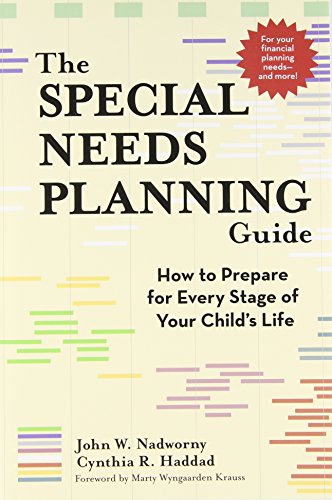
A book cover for The Special Needs Planning Guide: How to Prepare for Every Stage of Your Child's Life; John Nadworny CFP; Health, Fitness & Dieting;